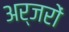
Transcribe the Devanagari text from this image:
अर्जरों